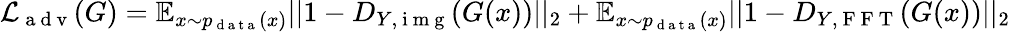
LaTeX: \mathcal{L}_{\mathrm{~a~d~v~}}(G)=\mathbb{E}_{x\sim p_{\mathrm{~d~a~t~a~}}(x)}||1-D_{Y,\mathrm{~i~m~g~}}(G(x))||_{2}+\mathbb{E}_{x\sim p_{\mathrm{~d~a~t~a~}}(x)}||1-D_{Y,\mathrm{~F~F~T~}}(G(x))||_{2}